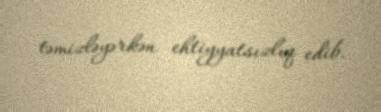
təmizləyərkən ehtiyyatsızlıq edib.